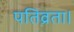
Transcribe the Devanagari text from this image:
पतिव्रता।